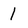
Character: l